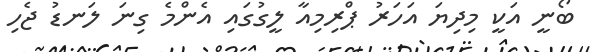
ބޯނީ އަކީ މިދިޔަ އަހަރު ޕްރިމިއާ ލީގުގައި އެންމެ ގިނަ ލަނޑު ޖެހި